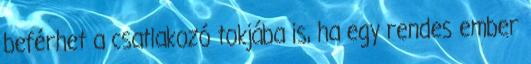
beférhet a csatlakozó tokjába is, ha egy rendes ember